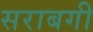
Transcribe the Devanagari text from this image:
सराबगी